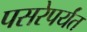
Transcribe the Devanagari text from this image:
पसरेपर्यंत